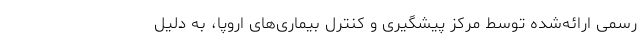
رسمی ارائه‌شده توسط مرکز پیشگیری و کنترل بیماری‌های اروپا، به دلیل